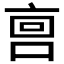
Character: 𫪮